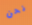
نحن